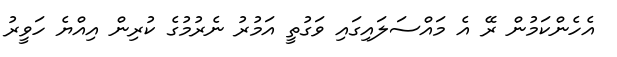
އެހެންކަމުން ރޭ އެ މައްސަލައިގައި ވަގުތީ އަމުރު ނެރުމުގެ ކުރިން އިއްޔެ ހަވީރު